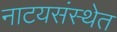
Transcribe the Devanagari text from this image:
नाटयसंस्थेत